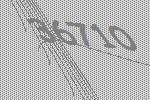
36710